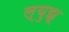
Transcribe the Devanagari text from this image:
ल्युझू